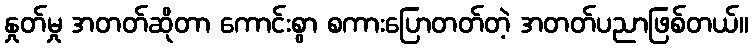
နှုတ်မှု အတတ်ဆိုတာ ကောင်းစွာ စကားပြောတတ်တဲ့ အတတ်ပညာဖြစ်တယ်။